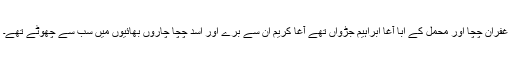
غفران چچا اور محمل کے ابا آغا ابراہیم جڑواں تھے آغا کریم ان سے برے اور اسد چچا چاروں بھائیوں میں سب سے چھوٹے تھے۔